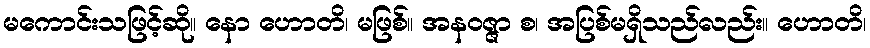
မကောင်းသဖြင့်ဆို။ နော ဟောတိ၊ မဖြစ်။ အနဝဇ္ဇာ စ၊ အပြစ်မရှိသည်လည်း။ ဟောတိ၊